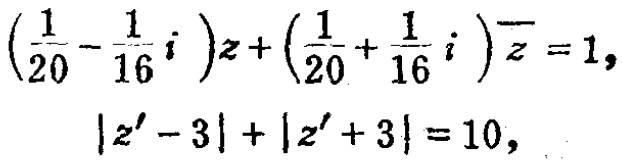
\(\left(\frac{1}{20}-\frac{1}{16}i\right)z+\left(\frac{1}{20}+\frac{1}{16}i\right)\overline{z}=1,\)
\(\left|z'-3\right|+\left|z'+3\right| = 10,\)